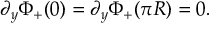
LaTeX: \partial _ { y } \Phi _ { + } ( 0 ) = \partial _ { y } \Phi _ { + } ( \pi R ) = 0 .